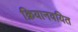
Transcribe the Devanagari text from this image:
क्रियानवयित